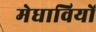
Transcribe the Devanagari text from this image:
मेधावियों